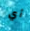
أي